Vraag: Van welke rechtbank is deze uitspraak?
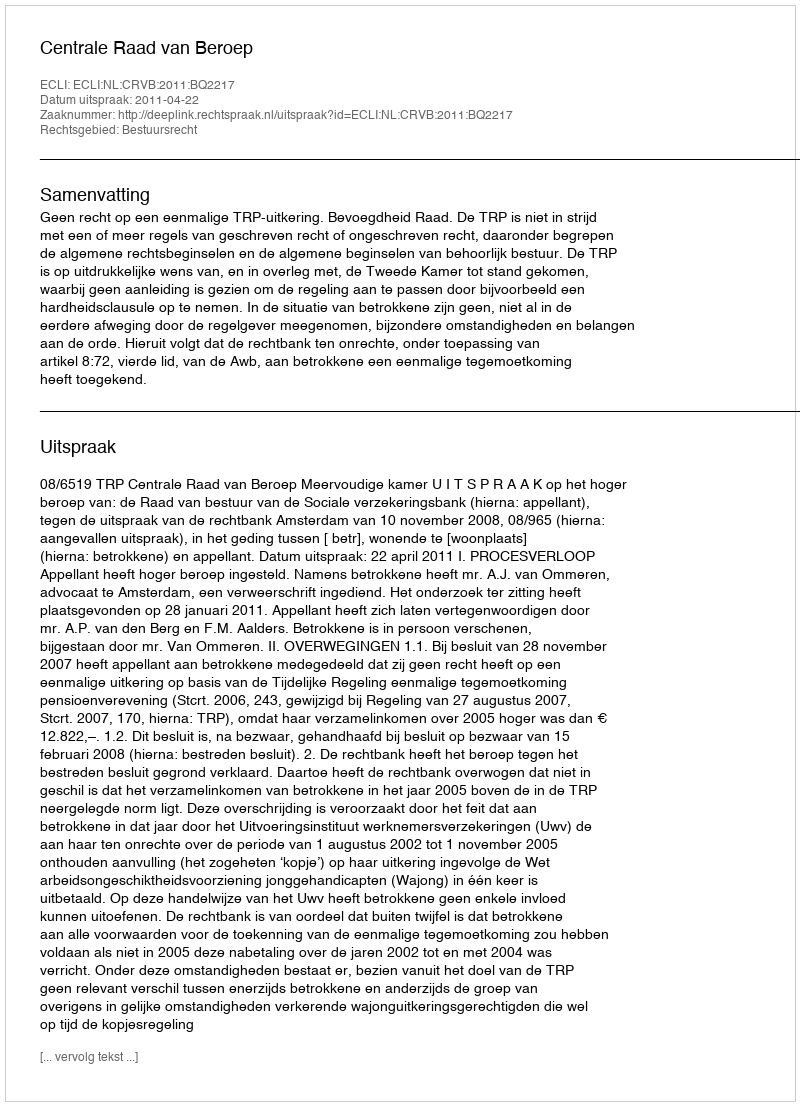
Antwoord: Centrale Raad van Beroep